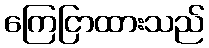
ကြေငြာထားသည်